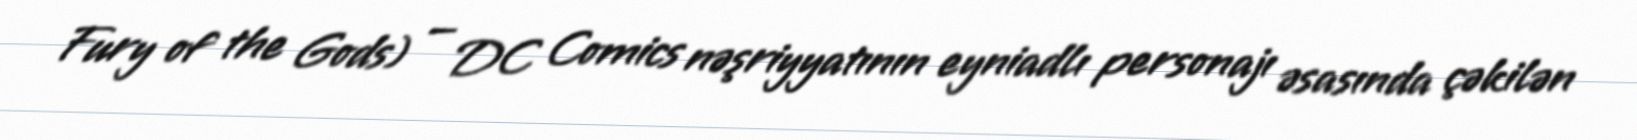
Fury of the Gods) — DC Comics nəşriyyatının eyniadlı personajı əsasında çəkilən